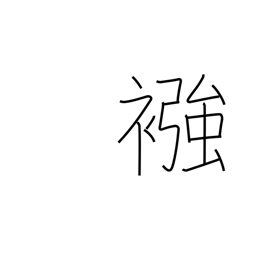
Meaning: diaper